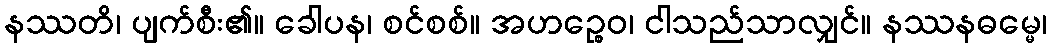
နဿတိ၊ ပျက်စီး၏။ ခေါပန၊ စင်စစ်။ အဟဉ္စေဝ၊ ငါသည်သာလျှင်။ နဿနဓမ္မေ၊